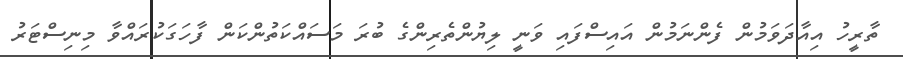
ތާރީހު އިއާދަވަމުން ފެންނަމުން އައިސްފައި ވަނީ ލިޔުންތެރިންގެ ބުރަ މަސައްކަތުންކަން ފާހަގަކުރައްވާ މިނިސްޓަރު